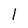
Character: l